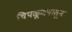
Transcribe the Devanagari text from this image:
चिपळूणपासून